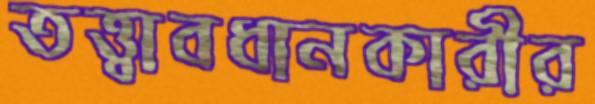
তত্ত্বাবধানকারীর